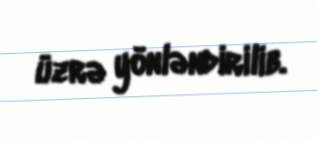
üzrə yönləndirilib.